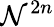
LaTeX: \mathcal{N}^{2n}